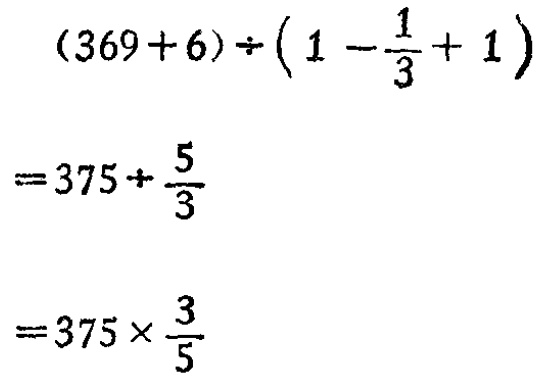
\((369 + 6)\div\left(1 - \frac{1}{3}+ 1\right)\)

\(=375\div\frac{5}{3}\)

\(=375\times\frac{3}{5}\)